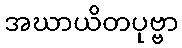
အဃာယိတပုဗ္ဗာ